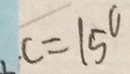
c = 1 5 ^ { \circ }